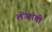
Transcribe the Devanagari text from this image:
लीळांची